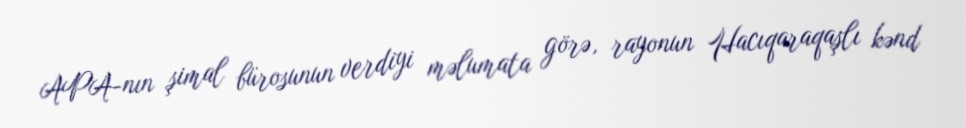
APA-nın şimal bürosunun verdiyi məlumata görə, rayonun Hacıqaraqaşlı kənd